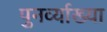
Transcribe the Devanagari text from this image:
पुनर्व्‍याख्‍या